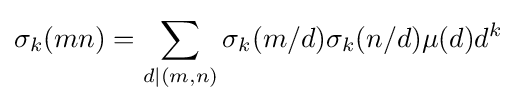
\sigma _{k}(mn)=\sum _{d\mid (m,n)}\sigma _{k}(m/d)\sigma _{k}(n/d)\mu (d)d^{k}